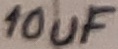
Text: 10uF